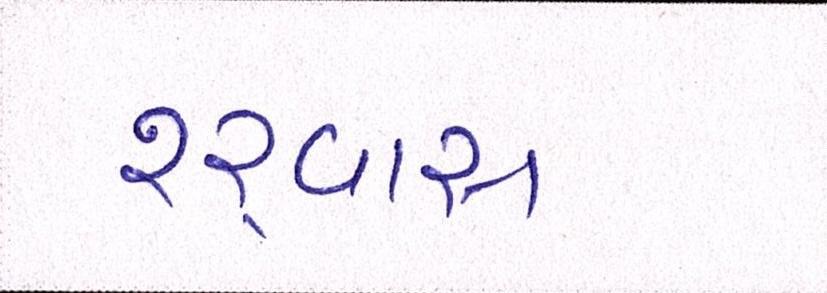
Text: શ્ર્વાસ